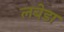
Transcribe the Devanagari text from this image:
लबेडा